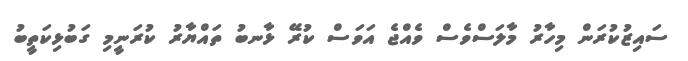
ސައިޒުކުރަން މިހާރު މާލަސްވެސް ވެއްޖެ އަވަސް ކުރޭ ޅާނބު ތައްޔާރު ކުރަނީމި ގަބުޅިކަތީބު